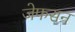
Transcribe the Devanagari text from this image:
जेफसन